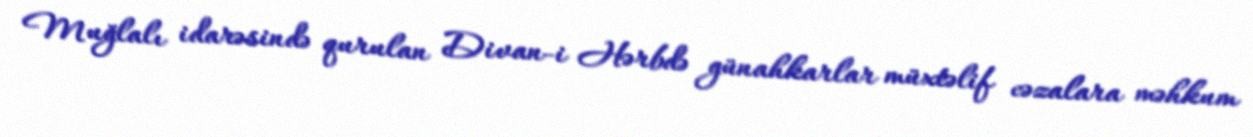
Muğlalı idarəsində qurulan Divan-i Hərbdə günahkarlar müxtəlif cəzalara məhkum